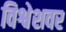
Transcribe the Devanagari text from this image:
विश्वेशवर